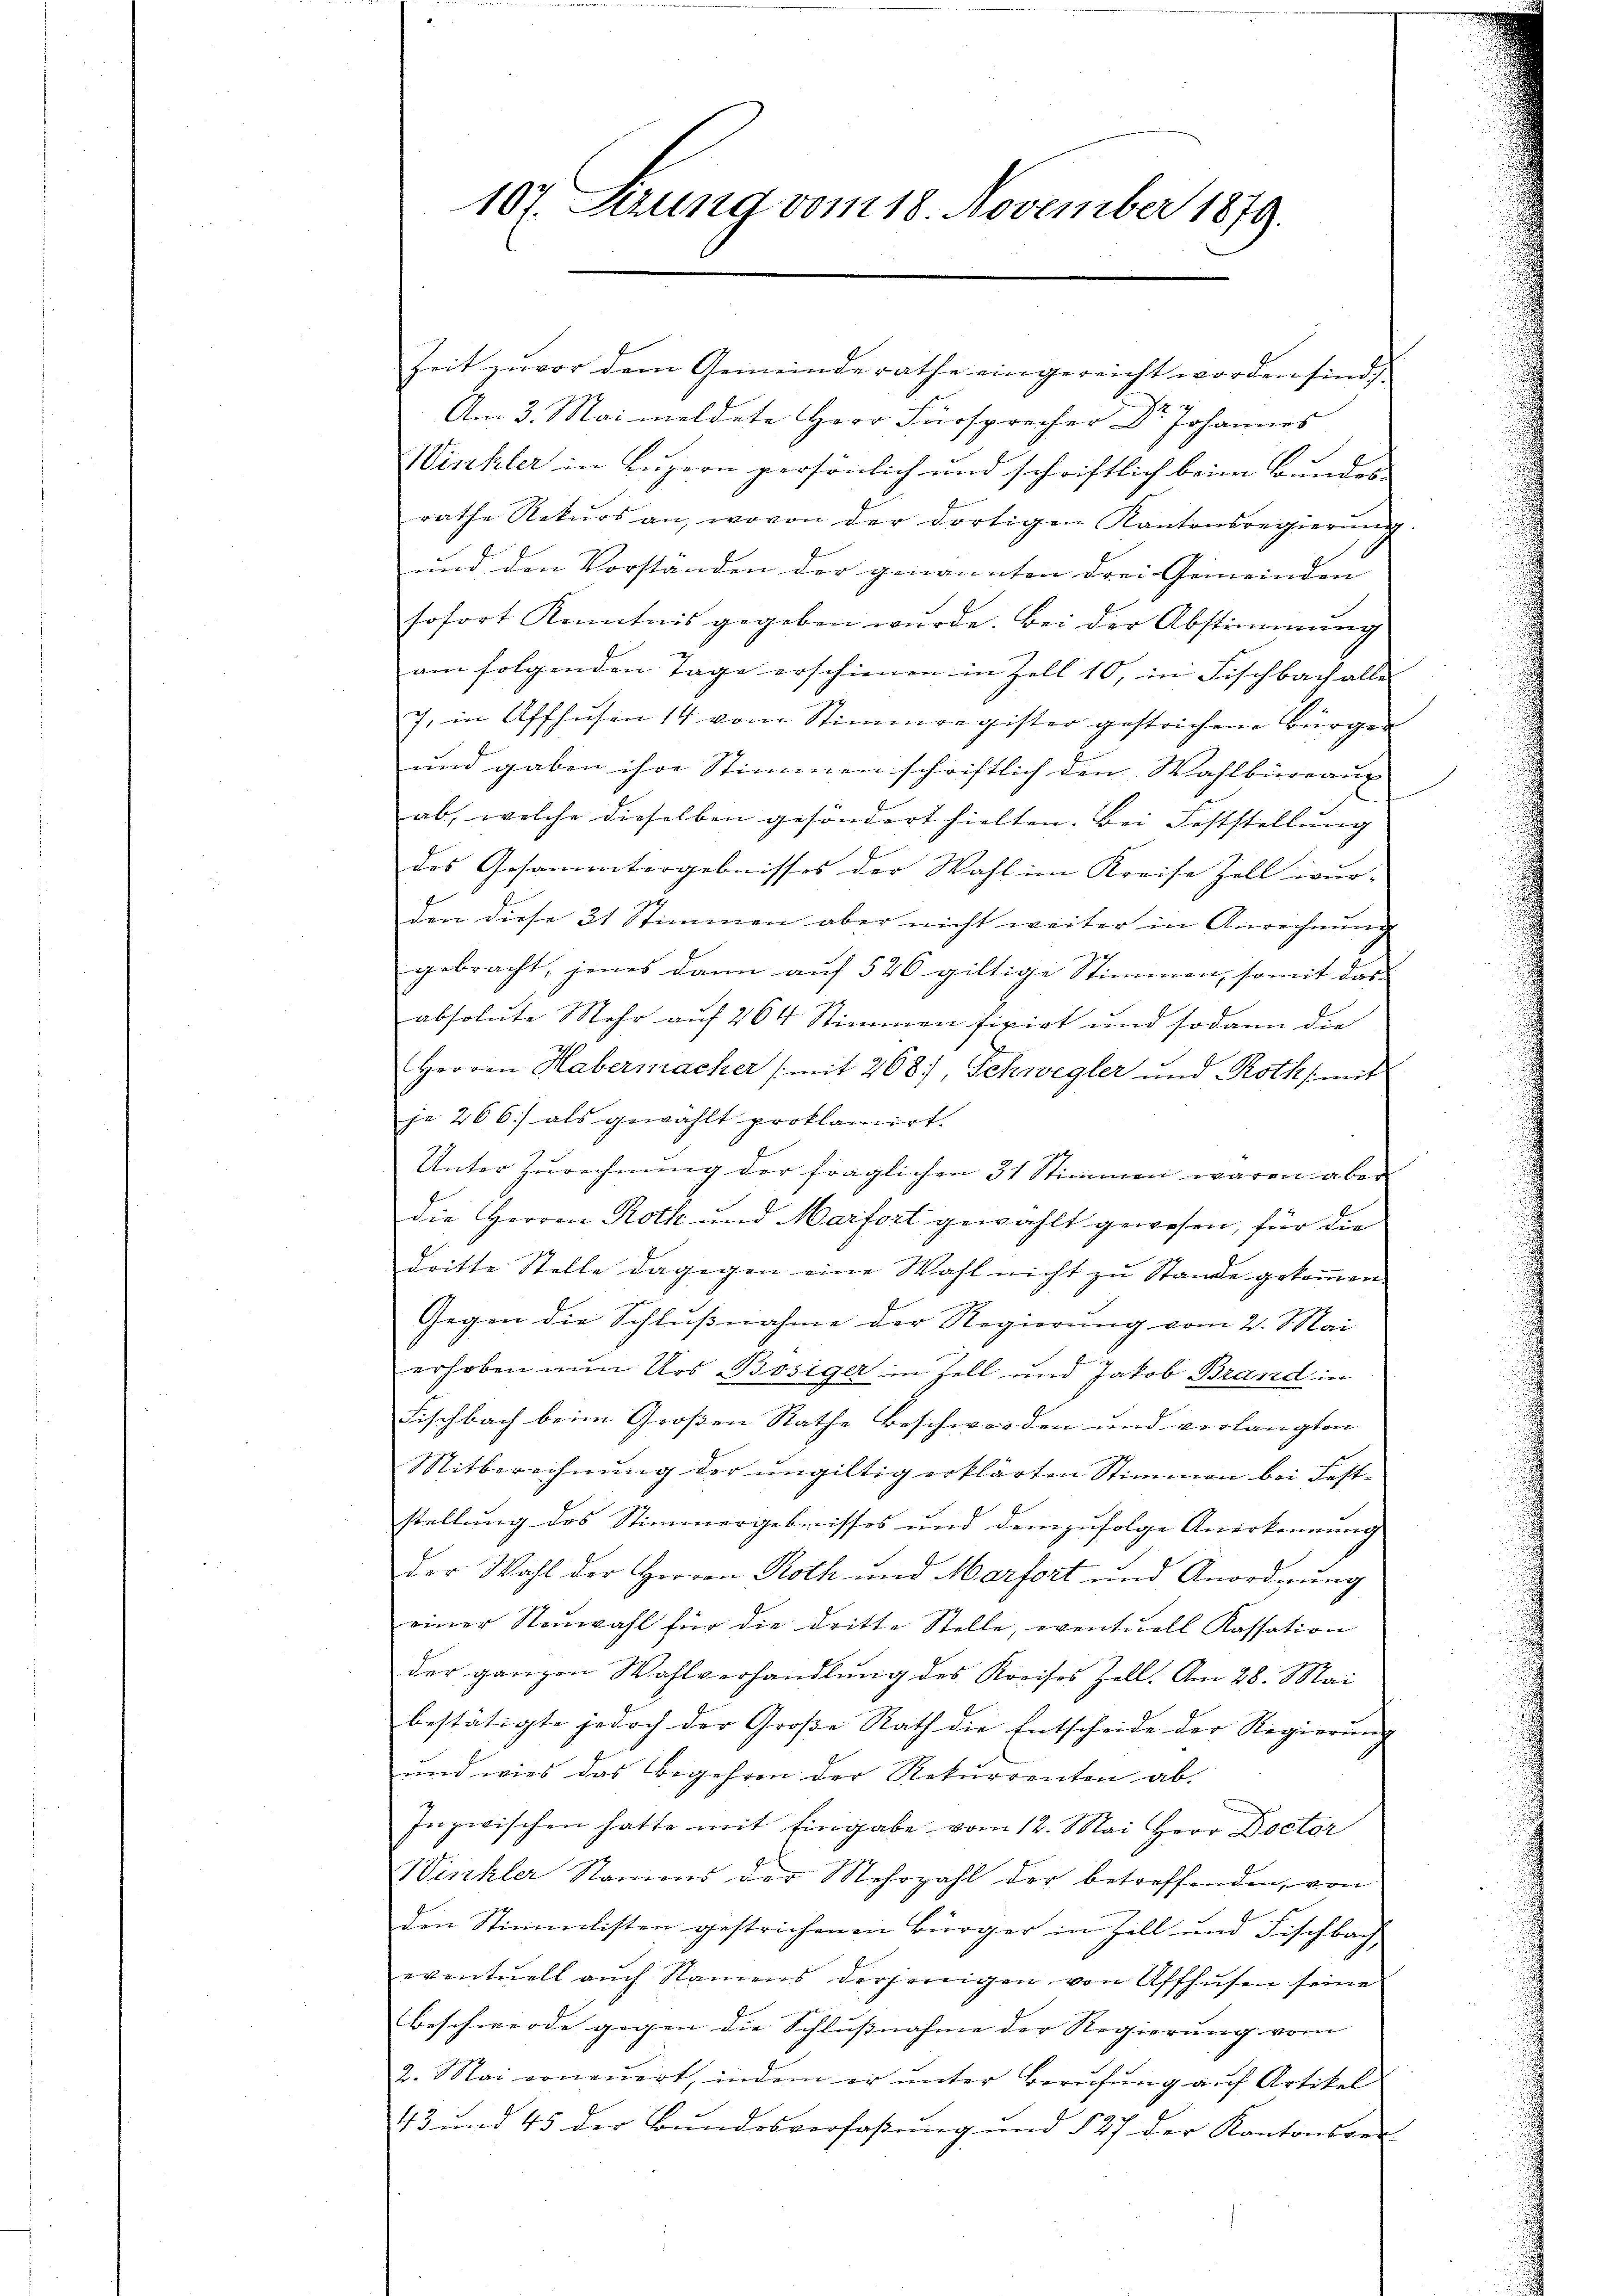
107. Serung vom 18. November 1879.

Zeit zuvor dem Gemeinderathe eingereicht worden sind,
z
Am 3. Mai meldete Herr Fürsprecher Dr Johannes
Winkler in Luzern persönlich und schriftlich beim Bundes-
rathe Rekurs an, wovon der dortigen Kantonsregierŭng.
und den Vorstanden der genannten drei Gemeinden |
sofort Kenntnis gegeben würde. Bei der Abstimmung
am folgenden Tage erschienen in Zell 10, in Fischbach alle |
J. in Affhusen 14 vom Stimmregister gestrichene Bürger
und gaben ihre Stimmen schriftlich den Wahlbureaux
ab, welche dieselben gesöndert hielten. Bei Feststellung
des Gesammtergebnisses der Wahl im Kreise Zell wur-
den diese 21 Stimmen aber nicht weiter in Anrechnung
gebracht, jenes dann aŭf 526 giltige Stimmen, somit das
absolute Mehr auf 264 Stimmen fivirt und sodann die
Herren Habermacher (mit 268, Schwegler und Roth (mit
e
je 266) als gewählt proklamirt.
Unter Zurechnung der fraglichen 31 Stimmen waren aber
die Herren Roth und Marfort gewählt gewesen, für die
dritte Stelle dagegen eine Wahl nicht zu Stande gekommen |
Gegen die Schlußnahme der Regierung vom 2. Mai
erhoben nun Urs Bösiger in Zell und Jakob Brand in
Fischbach beim Großen Rathe Beschworden und verlangten
Mitberechnŭng der ŭngültig erklärten Stimmen bei Fest-
stellung des Stimmergebnisses und demzufolge Anerkennung
Der Wahl der Herren Roth und Marfort und Anordnung
einer Neuwahl für die dritte Stelle, eventuell Kassation
der ganzen Wahlverhandlŭng des Kreises Zell. Am 28. Mai
bestätigte jedoch der Große Rath die Entscheide der Regierung |
und wies das Begehren der Rekurrenten ab.
Inzwischen hatte mit Eingabe vom 12. Mai Herr Doctor
Winkler Namens der Mehrzahl der betreffenden, von
den Stimmlisten gestrichenen Bürger in Zell und Fischbach
eventuell auch Namens derjenigen von Affhusen seine
beschwerde gegen die Schlussnahme der Regierung vom
2. Mai erneŭert, indem er unter Berufung auf Artikel
43 und 45 der Bŭndesverfaβŭng und § 27 der Kantonsver-